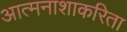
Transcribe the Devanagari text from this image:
आत्मनाशाकरिता